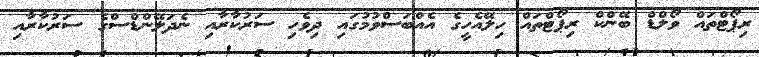
ރިޕޯޓްތައް ވޯލްޑް ބޭންކް ރިޕޯޓްތައް ހިލޭއެހީގެ އެއްބަސްވުމުގައި ދިވެހި ސަރުކާރާއި ނެދަލޭންޑްސްގެ ސަރުކާރާއި